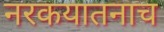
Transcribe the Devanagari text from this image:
नरकयातनाच